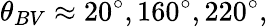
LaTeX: \theta_{BV}\approx 20^{\circ},160^{\circ},220^{\circ},